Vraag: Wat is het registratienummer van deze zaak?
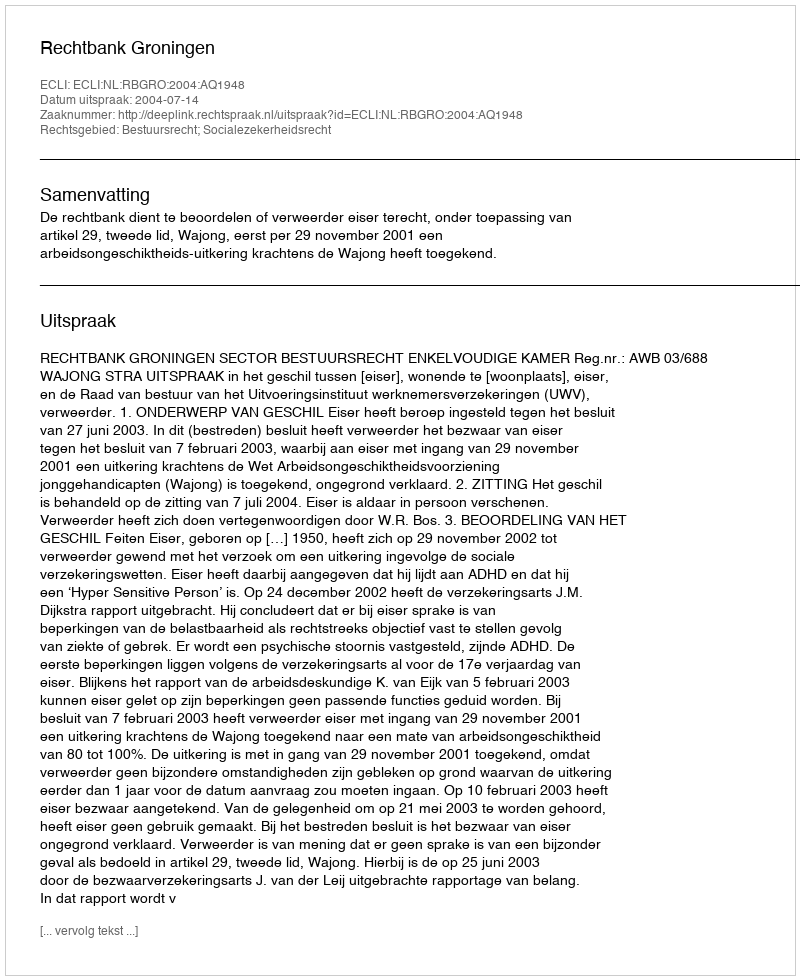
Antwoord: http://deeplink.rechtspraak.nl/uitspraak?id=ECLI:NL:RBGRO:2004:AQ1948